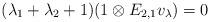
LaTeX: \begin{align*}(\lambda_1+\lambda_2+1)(1\otimes E_{2,1}v_{\lambda})=0\end{align*}